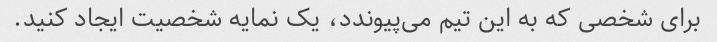
برای شخصی که به این تیم می‌پیوندد، یک نمایه شخصیت ایجاد کنید.